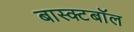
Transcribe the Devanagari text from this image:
बास्क्टबॉल